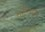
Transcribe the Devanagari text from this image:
चालीयार